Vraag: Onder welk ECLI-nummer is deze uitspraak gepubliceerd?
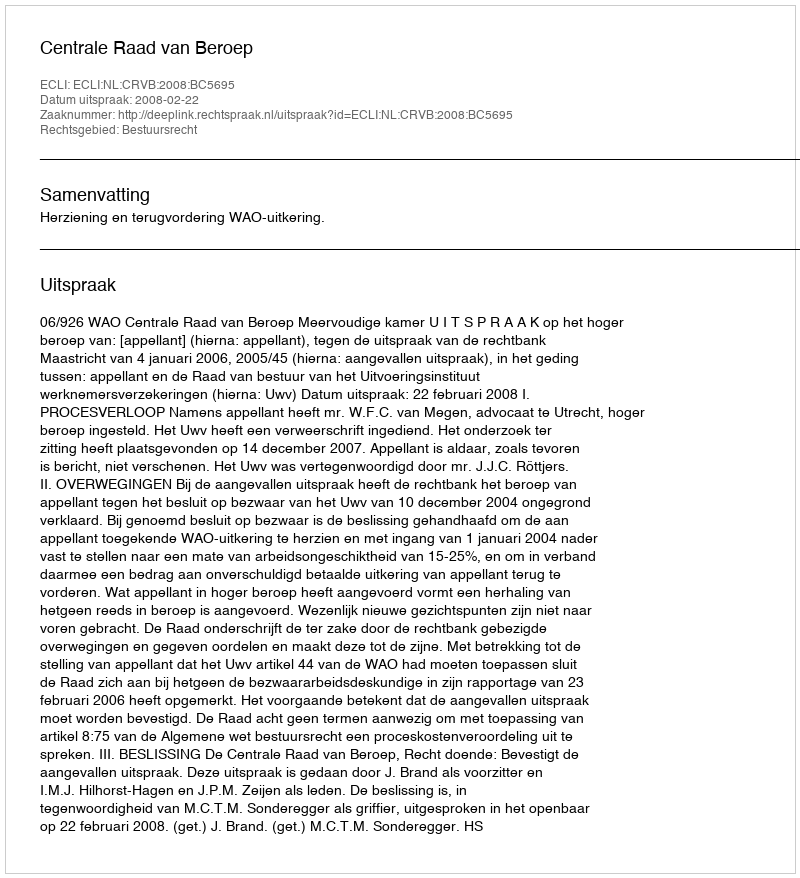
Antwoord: ECLI:NL:CRVB:2008:BC5695